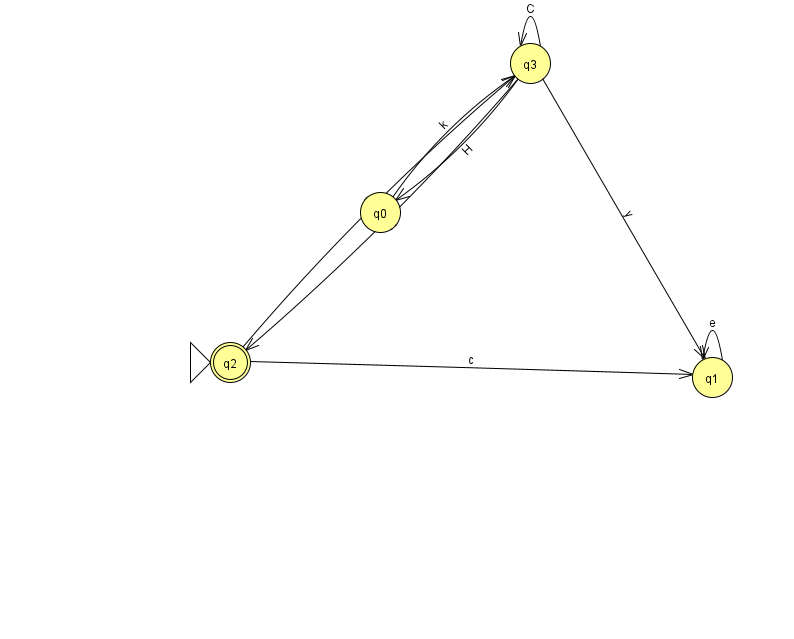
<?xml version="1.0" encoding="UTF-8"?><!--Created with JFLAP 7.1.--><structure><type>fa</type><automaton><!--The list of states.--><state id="0" name="q0"><x>380.0</x><y>199.0</y></state><state id="1" name="q1"><x>712.0</x><y>364.0</y></state><state id="2" name="q2"><x>230.0</x><y>349.0</y><initial/><final/></state><state id="3" name="q3"><x>530.0</x><y>50.0</y></state><!--The list of transitions.--><transition><from>3</from><to>1</to><read>y</read></transition><transition><from>3</from><to>3</to><read>C</read></transition><transition><from>1</from><to>1</to><read>e</read></transition><transition><from>2</from><to>1</to><read>c</read></transition><transition><from>3</from><to>0</to><read>H</read></transition><transition><from>0</from><to>3</to><read>k</read></transition><transition><from>2</from><to>3</to><read>n</read></transition><transition><from>3</from><to>2</to><read>N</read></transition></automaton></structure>